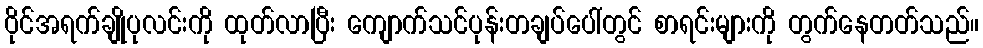
ဝိုင်အရက်ချိုပုလင်းကို ထုတ်လာပြီး ကျောက်သင်ပုန်းတချပ်ပေါ်တွင် စာရင်းများကို တွက်နေတတ်သည်။